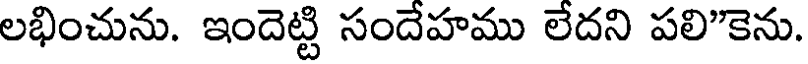
లభించును. ఇందెట్టి సందేహము లేదని పలి"కెను.